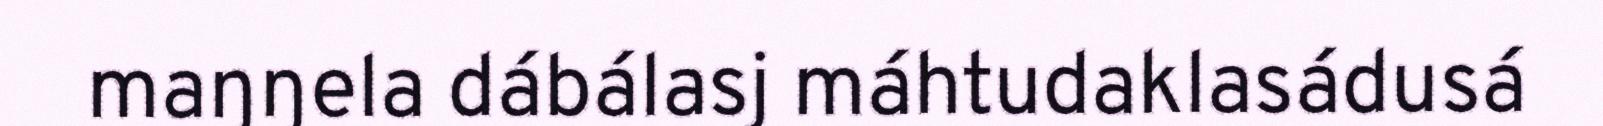
maŋŋela dábálasj máhtudaklasádusá